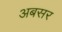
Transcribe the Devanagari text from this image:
अबसर